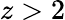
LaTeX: z>2